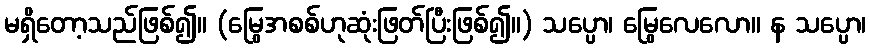
မရှိတော့သည်ဖြစ်၍။ (မြွေအစစ်ဟုဆုံးဖြတ်ပြီးဖြစ်၍။) သပ္ပော၊ မြွေလေလော။ န သပ္ပော၊